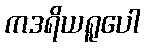
ကဒရိယရူပေါ